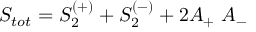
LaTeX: S _ { t o t } = S _ { 2 } ^ { ( + ) } + S _ { 2 } ^ { ( - ) } + 2 A _ { + } \; A _ { - }